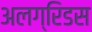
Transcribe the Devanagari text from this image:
अलग्रिडस